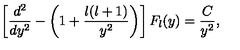
\left[ { \frac { d ^ { 2 } } { d y ^ { 2 } } } - \left( 1 + { \frac { l ( l + 1 ) } { y ^ { 2 } } } \right) \right] F _ { l } ( y ) = { \frac { C } { y ^ { 2 } } } ,